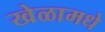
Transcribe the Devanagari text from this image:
खेळामधे